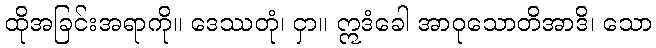
ထိုအခြင်းအရာကို။ ဒေဿတုံ၊ ငှာ။ ဣဒံခေါ အာဝုသောတိအာဒိ၊ သော